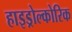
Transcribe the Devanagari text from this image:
हाइड्रोल्कोरिक